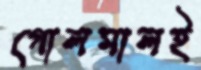
গোলমালই